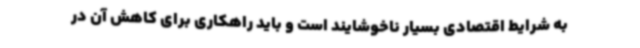
به شرایط اقتصادی بسیار ناخوشایند است و باید راهکاری برای کاهش آن در